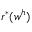
r ^ { * } ( w ^ { h } )